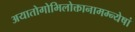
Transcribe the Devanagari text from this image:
अयातोगोभिलोक्तानामम्न्येषां